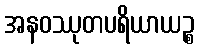
အနဝဿုတပရိယာယဉ္စ